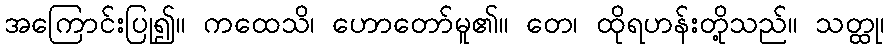
အကြောင်းပြု၍။ ကထေသိ၊ ဟောတော်မူ၏။ တေ၊ ထိုရဟန်းတို့သည်။ သတ္ထု၊